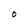
Character: O